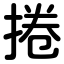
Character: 捲